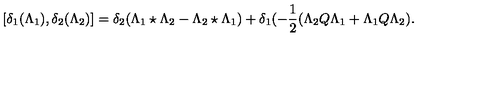
[ \delta _ { 1 } ( \Lambda _ { 1 } ) , \delta _ { 2 } ( \Lambda _ { 2 } ) ] = \delta _ { 2 } ( \Lambda _ { 1 } \star \Lambda _ { 2 } - \Lambda _ { 2 } \star \Lambda _ { 1 } ) + \delta _ { 1 } ( - \frac { 1 } { 2 } ( \Lambda _ { 2 } Q \Lambda _ { 1 } + \Lambda _ { 1 } Q \Lambda _ { 2 } ) .